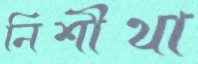
নিশীথা